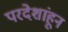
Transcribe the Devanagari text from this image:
परदेशांहून